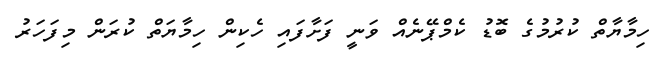
ހިމާޔާތް ކުރުމުގެ ބޮޑު ކެމްޕޭނެއް ވަނީ ފަށާފައި ހެކިން ހިމާޔަތް ކުރަން މިފަހަރު